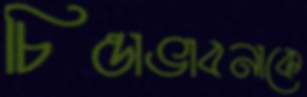
চিন্তাভাবনাকে